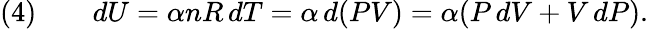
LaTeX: {\mathrm{(4)}}\qquad dU=\alpha nR\, dT=\alpha\, d(PV)=\alpha(P\, dV+V\, dP).